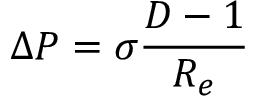
\Delta P = \sigma \frac { D - 1 } { R _ { e } }